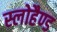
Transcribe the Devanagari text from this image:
स्लोहैण्ड